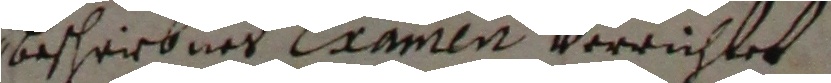
bescheirbnet examen verrichtet.